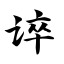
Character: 谇